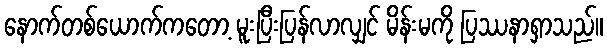
နောက်တစ်ယောက်ကတော့ မူးပြီးပြန်လာလျှင် မိန်းမကို ပြဿနာရှာသည်။